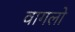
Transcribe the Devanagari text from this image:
वागलो